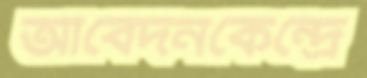
আবেদনকেন্দ্রে